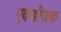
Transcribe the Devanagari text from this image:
एकबीजक